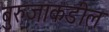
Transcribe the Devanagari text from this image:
बुरुजाकडील